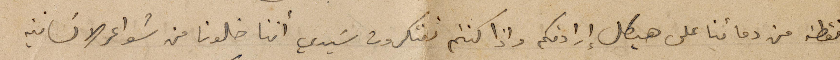
نقطة من دمائنا على هيكل إرادتكم واذا كنتم تفكرون سَيدي أننا خلونا من شواعر الانسانية